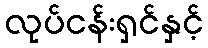
လုပ်ငန်းရှင်နှင့်